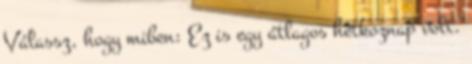
Válassz, hogy miben: Ez is egy átlagos hétkoznap volt.